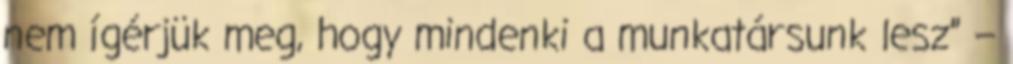
nem ígérjük meg, hogy mindenki a munkatársunk lesz” –